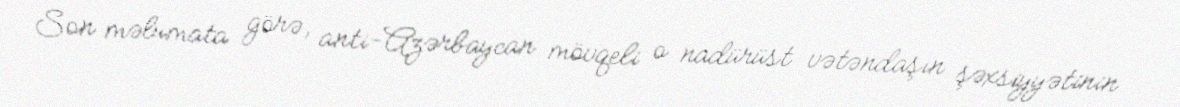
Son məlumata görə, anti-Azərbaycan mövqeli o nadürüst vətəndaşın şəxsiyyətinin